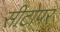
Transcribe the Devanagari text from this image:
सीटोपर